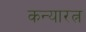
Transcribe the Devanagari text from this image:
कन्यारत्न